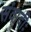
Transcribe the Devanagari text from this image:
संवादीः